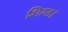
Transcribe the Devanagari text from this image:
शिल्ड।